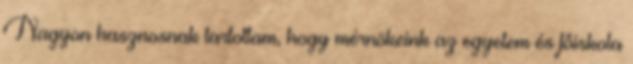
Nagyon hasznosnak tartottam, hogy mérnökeink az egyetem és fôiskola